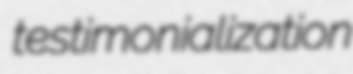
testimonialization